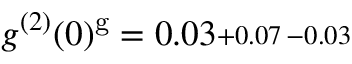
g ^ { ( 2 ) } ( 0 ) ^ { \mathrm { g } } = 0 . 0 3 \substack { + 0 . 0 7 \, - 0 . 0 3 }